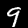
Digit: 9